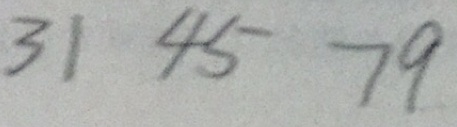
3 1 4 5 7 9